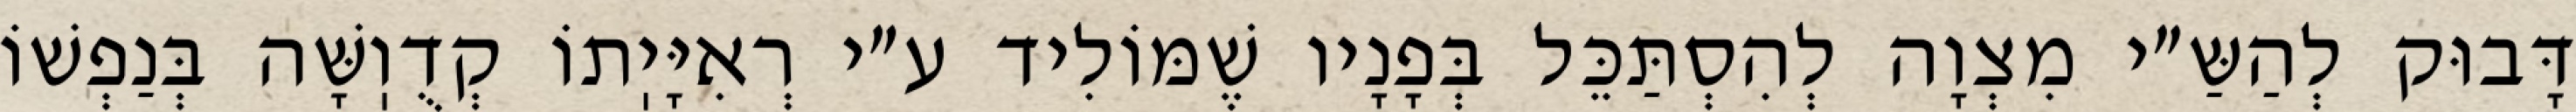
דָּבוּק לְהַשַּ״י מִצְוָה לְהִסְתַּכֵּל בְּפָנָיו שֶׁמּוֹלִיד ע״י רְאִיָּיֽתוֹ קְדֻוֽשָּׁה בְּנַפְשׁוֹ